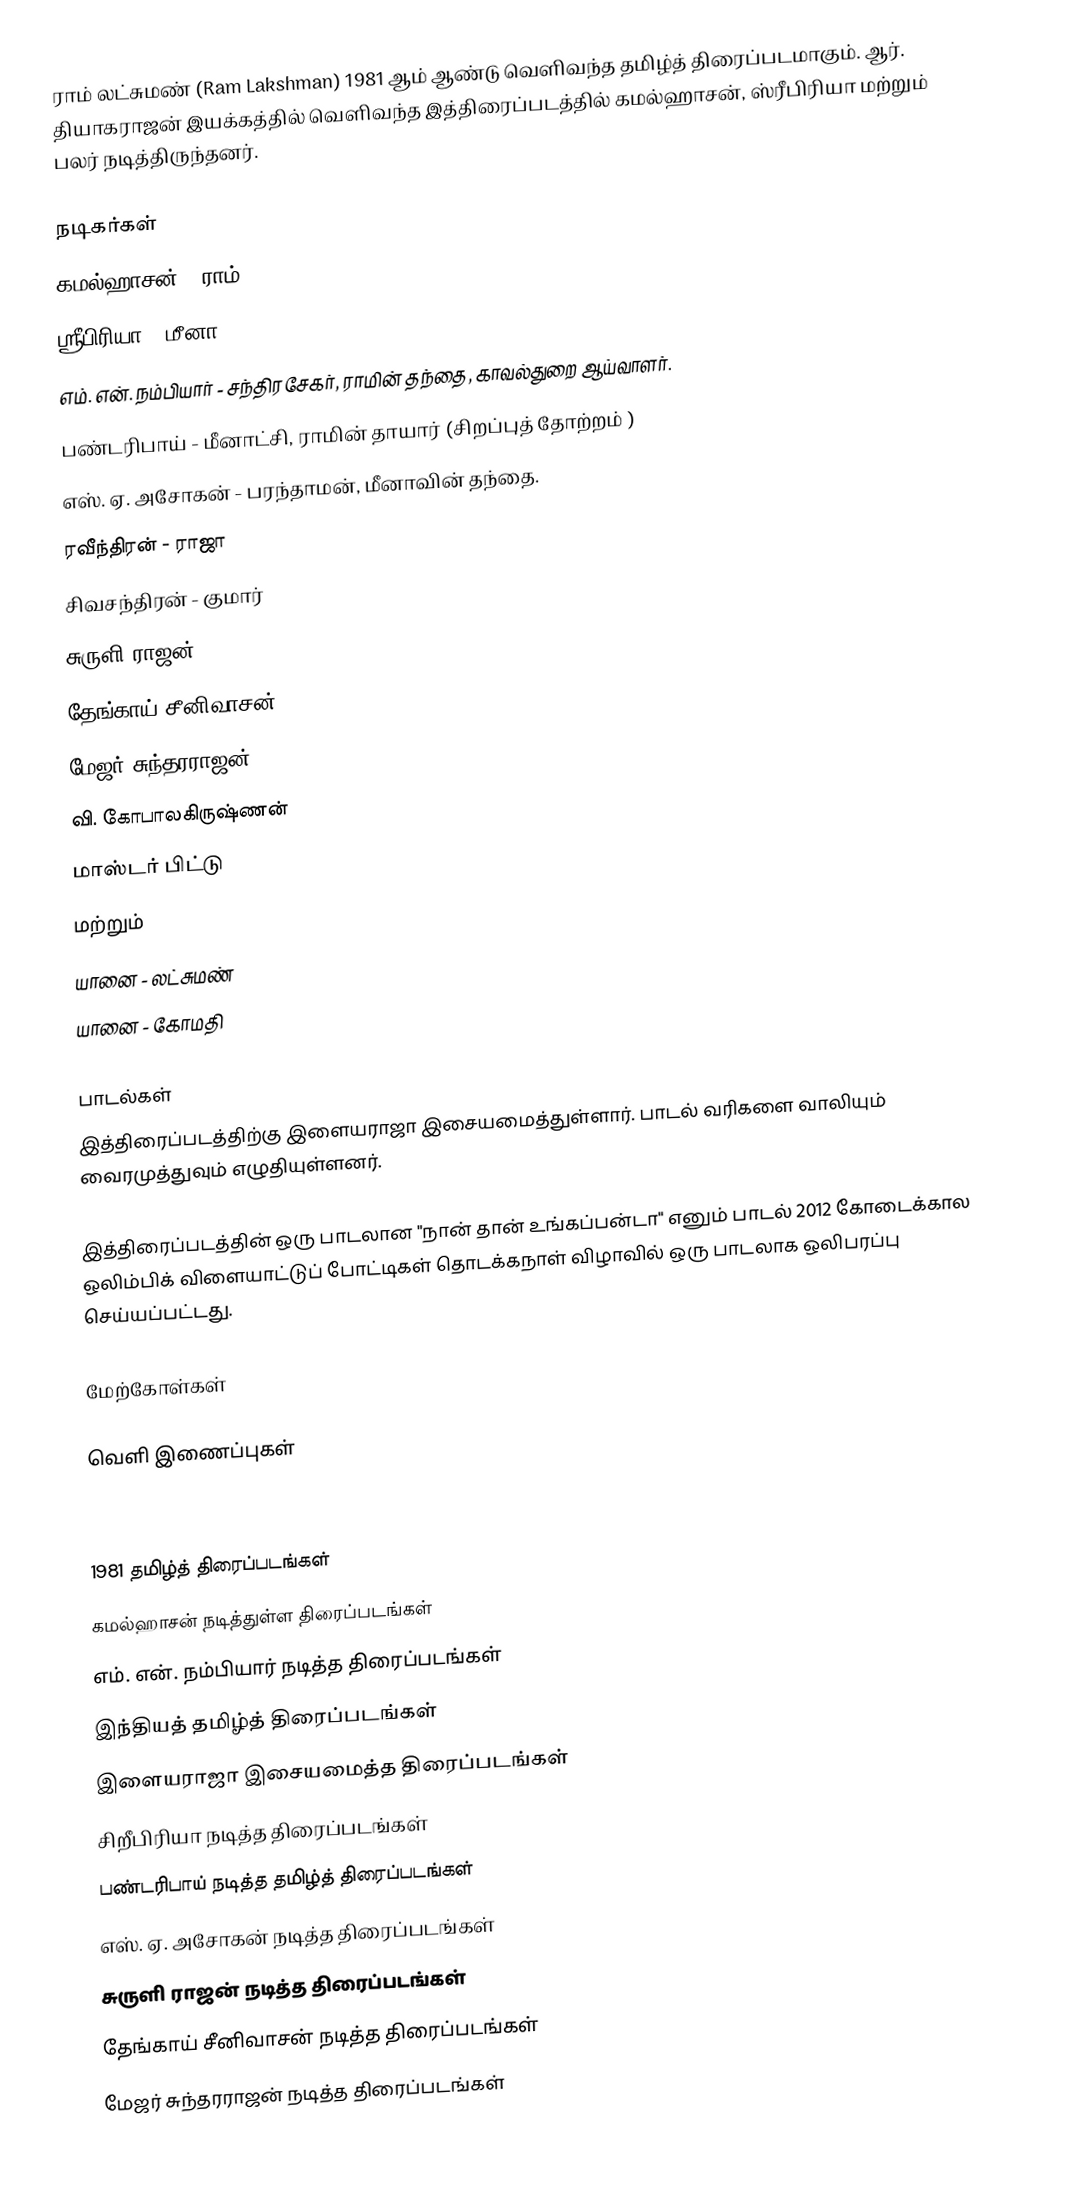
ராம் லட்சுமண் (Ram Lakshman) 1981 ஆம் ஆண்டு வெளிவந்த தமிழ்த் திரைப்படமாகும். ஆர். தியாகராஜன் இயக்கத்தில் வெளிவந்த இத்திரைப்படத்தில் கமல்ஹாசன், ஸ்ரீபிரியா மற்றும் பலர் நடித்திருந்தனர்.

நடிகர்கள்
கமல்ஹாசன் - ராம்
ஸ்ரீபிரியா - மீனா
எம். என். நம்பியார் - சந்திரசேகர், ராமின் தந்தை, காவல்துறை ஆய்வாளர்.
பண்டரிபாய் - மீனாட்சி, ராமின் தாயார்  (சிறப்புத் தோற்றம் )
எஸ். ஏ. அசோகன் - பரந்தாமன், மீனாவின் தந்தை.
ரவீந்திரன் - ராஜா
சிவசந்திரன் - குமார்
சுருளி ராஜன்
தேங்காய் சீனிவாசன்
மேஜர் சுந்தரராஜன்
வி. கோபாலகிருஷ்ணன்
மாஸ்டர் பிட்டு
மற்றும்
யானை - லட்சுமண்
யானை - கோமதி

பாடல்கள்
இத்திரைப்படத்திற்கு இளையராஜா இசையமைத்துள்ளார். பாடல் வரிகளை வாலியும் வைரமுத்துவும் எழுதியுள்ளனர்.

இத்திரைப்படத்தின் ஒரு பாடலான "நான் தான் உங்கப்பன்டா" எனும் பாடல் 2012 கோடைக்கால ஒலிம்பிக் விளையாட்டுப் போட்டிகள் தொடக்கநாள் விழாவில் ஒரு பாடலாக ஒலிபரப்பு செய்யப்பட்டது.

மேற்கோள்கள்

வெளி இணைப்புகள்

1981 தமிழ்த் திரைப்படங்கள்
கமல்ஹாசன் நடித்துள்ள திரைப்படங்கள்
எம். என். நம்பியார் நடித்த திரைப்படங்கள்
இந்தியத் தமிழ்த் திரைப்படங்கள்
இளையராஜா இசையமைத்த திரைப்படங்கள்
சிறீபிரியா நடித்த திரைப்படங்கள்
பண்டரிபாய் நடித்த தமிழ்த் திரைப்படங்கள்
எஸ். ஏ. அசோகன் நடித்த திரைப்படங்கள்
சுருளி ராஜன் நடித்த திரைப்படங்கள்
தேங்காய் சீனிவாசன் நடித்த திரைப்படங்கள்
மேஜர் சுந்தரராஜன் நடித்த திரைப்படங்கள்